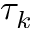
\tau _ { k }